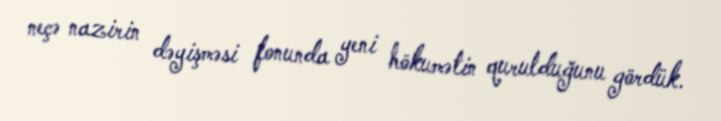
neçə nazirin dəyişməsi fonunda yeni hökumətin qurulduğunu gördük.